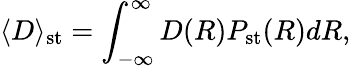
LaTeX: \langle D\rangle_{\mathrm{st}}=\int_{-\infty}^{\infty}D(R)P_{\mathrm{st}}(R)dR,